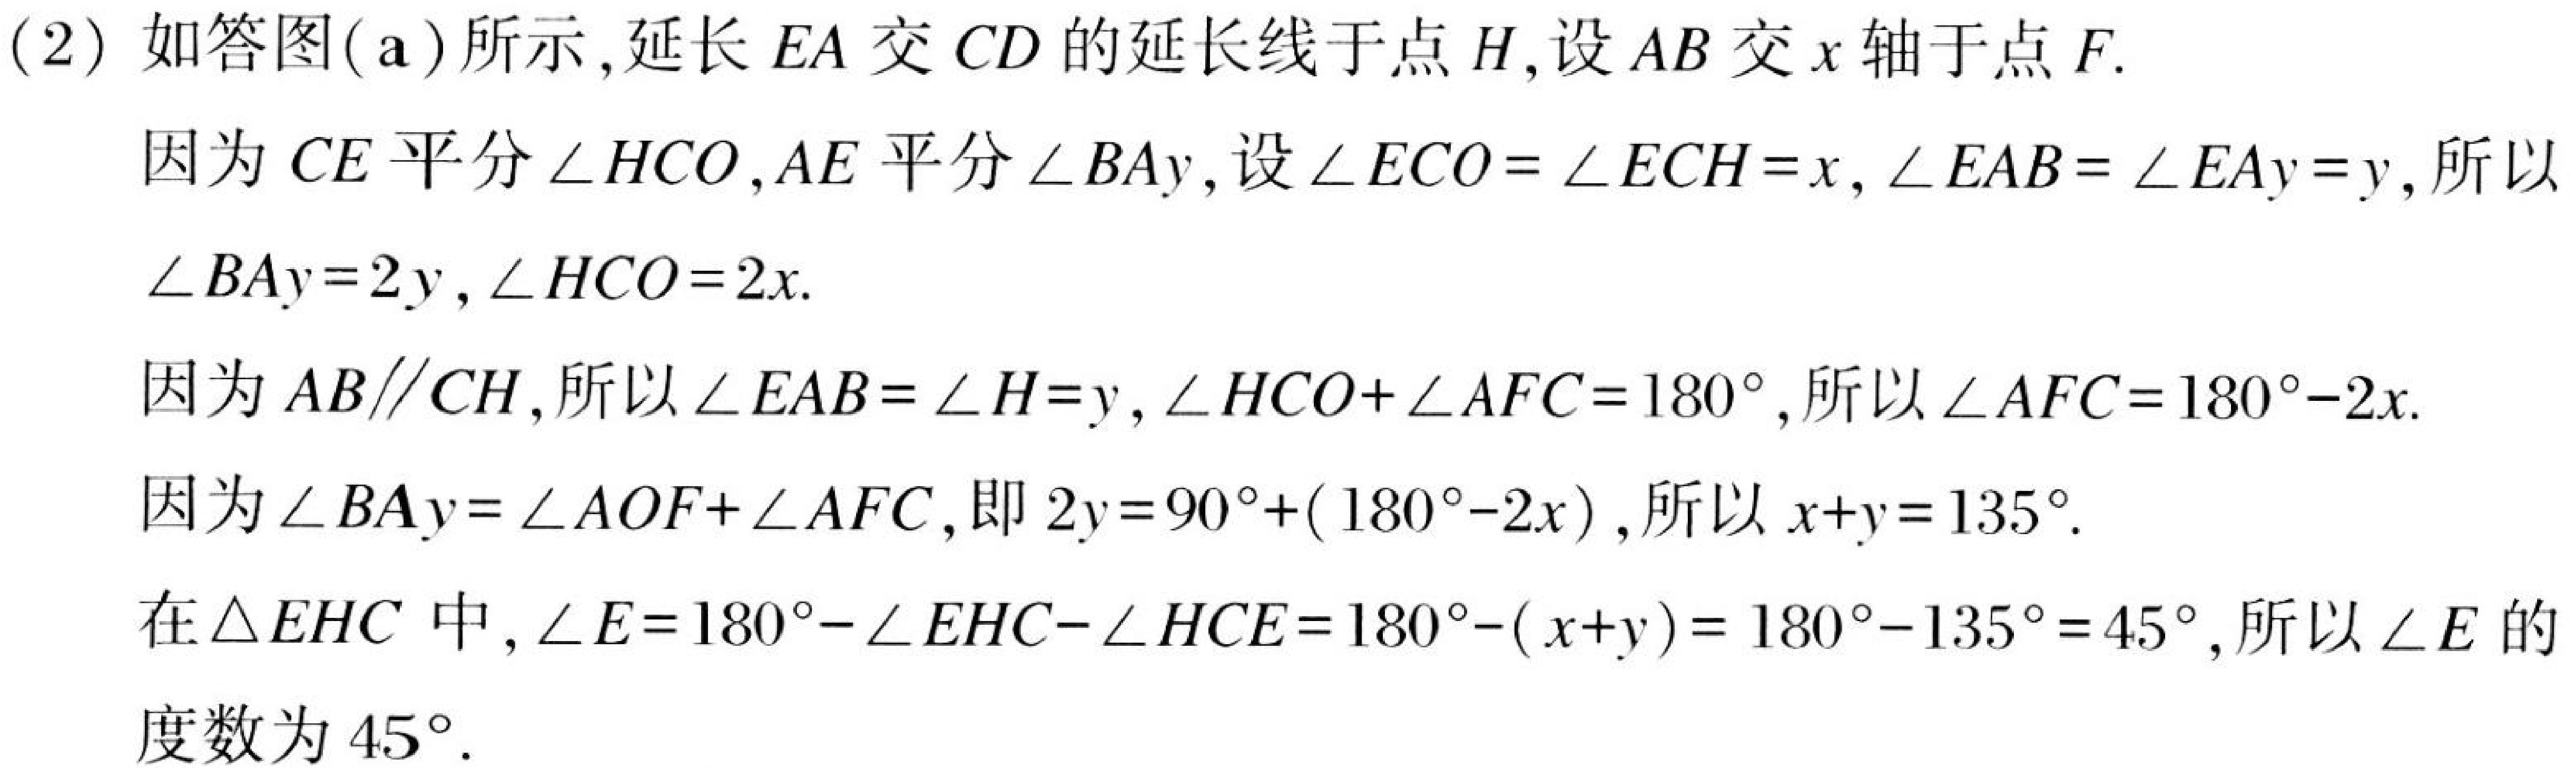
(2) 如答图(a)所示,延长 \(EA\) 交 \(CD\) 的延长线于点 \(H\),设 \(AB\) 交 \(x\) 轴于点 \(F\).
因为 \(CE\) 平分 \(\angle HCO\),\(AE\) 平分 \(\angle BAy\),设 \(\angle ECO = \angle ECH=x\), \(\angle EAB = \angle EAy=y\),所以 \(\angle BAy = 2y\), \(\angle HCO = 2x\).
因为 \(AB\parallel CH\),所以 \(\angle EAB=\angle H = y\), \(\angle HCO+\angle AFC = 180^{\circ}\),所以 \(\angle AFC = 180^{\circ}-2x\).
因为 \(\angle BAy=\angle AOF+\angle AFC\),即 \(2y = 90^{\circ}+(180^{\circ}-2x)\),所以 \(x + y=135^{\circ}\).
在 \(\triangle EHC\) 中,\(\angle E = 180^{\circ}-\angle EHC-\angle HCE=180^{\circ}-(x + y)=180^{\circ}-135^{\circ}=45^{\circ}\),所以 \(\angle E\) 的度数为 \(45^{\circ}\).